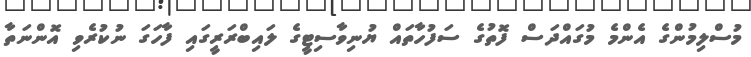
މުސްލިމުންގެ އެންމެ މުގައްދަސް ފޮތުގެ ސަފުހާތައް ޔުނިވާސިޓީގެ ލައިބްރަރީގައި ފާހަގަ ނުކުރެވި އޮންނަތާ